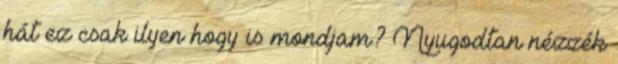
hát ez csak ilyen hogy is mondjam? Nyugodtan nézzék